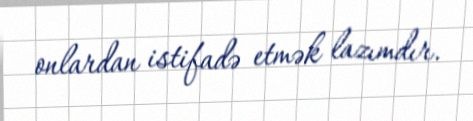
onlardan istifadə etmək lazımdır.